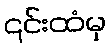
၎င်းထံမှ